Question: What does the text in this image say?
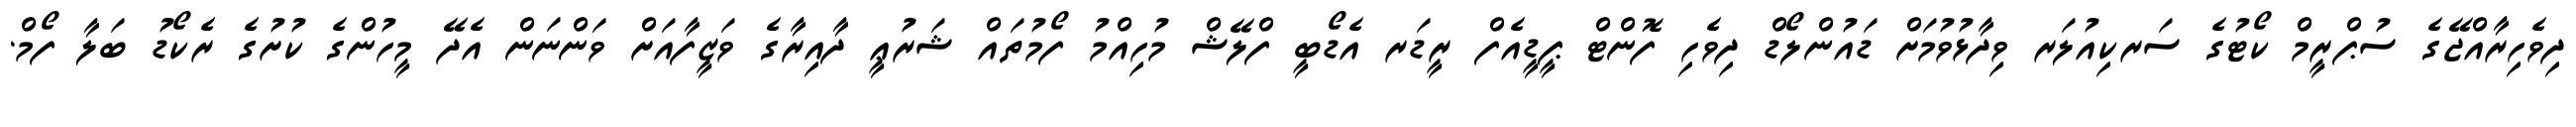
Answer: ދިވެހިރާއްޖޭގެ ސުޕްރީމް ކޯޓުގެ ސަރކިއުލަރ ވިދާޅުވުމަށް ޑައުންލޯޑް ދިވެހި ފޮންޓް ޕީޑީއެފް ރީޑަރ އެޑޯބީ ފްލޭޝް މުހިއްމު ފޯމުތައް ޝަރުޢީ ދާއިރާގެ ވަޒީފާއަށް ވަންނަން އެދޭ މީހުންގެ ކުށުގެ ރެކޯޑު ބަލާ ފޯމް.